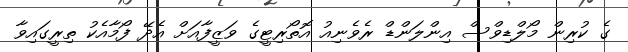
ގެ ކުރިން މޯލްޑިވްސް އިންލަންޑް ރެވެނިއު އޮތޯރިޓީގެ ވަޒީފާއަށް އެދޭ ފޯމާއެކު ތިރީގައިވާ